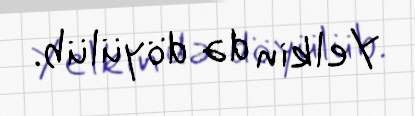
Yelkin də döyülüb.